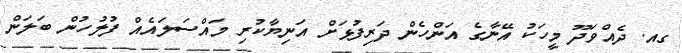
ގއ. ދެއްވަދޫ މީހަކު އޭނާގެ އަންހެން ދަރިފުޅަށް އަނިޔާކުރި މައްސަލައެއް ފުލުހުން ބަލަން